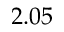
2 . 0 5